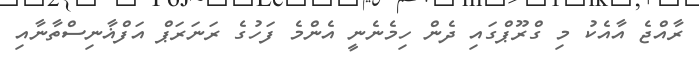
ރާއްޖެ އާއެކު މި ގްރޫޕްގައި ދެން ހިމެނެނީ އެންމެ ފަހުގެ ރަނަރަޕް އަފްޣާނިސްތާނާއި